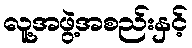
လူ့အဖွဲ့အစည်းနှင့်